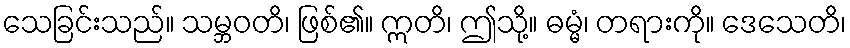
သေခြင်းသည်။ သမ္ဘဝတိ၊ ဖြစ်၏။ ဣတိ၊ ဤသို့။ ဓမ္မံ၊ တရားကို။ ဒေသေတိ၊